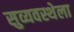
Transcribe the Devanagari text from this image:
सुव्यवस्थेला